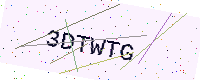
Text: 3DTWTG